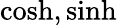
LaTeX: \cosh,\sinh